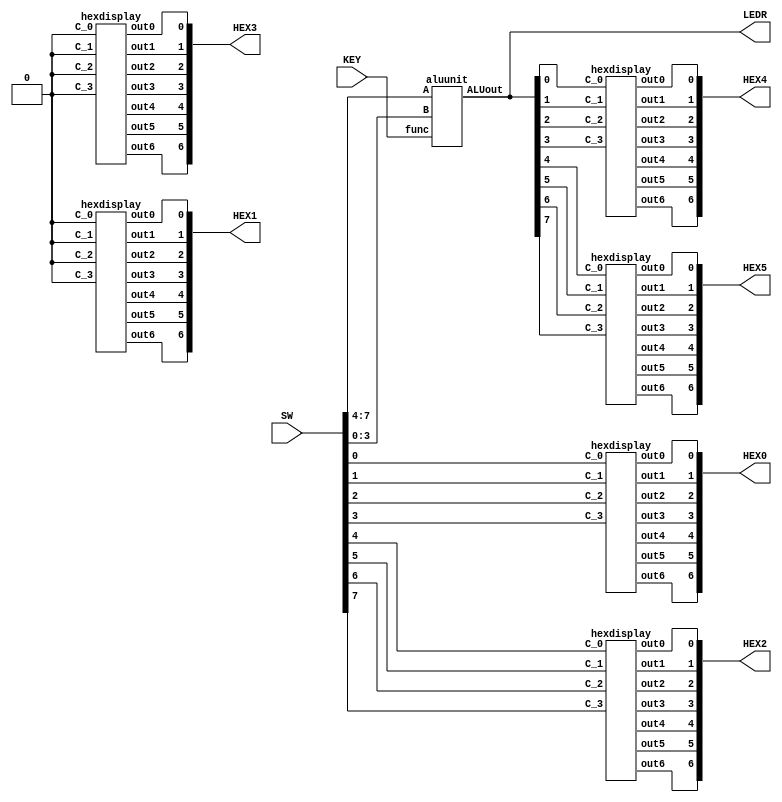
`timescale 1ns / 1ns

module mainalu(SW, KEY, LEDR, HEX0, HEX1, HEX2, HEX3, HEX4, HEX5);
	input [7:0] SW;
	input [2:0] KEY;
	output [7:0] LEDR;
	output [6:0] HEX0, HEX1, HEX2, HEX3, HEX4, HEX5;
	
	aluunit alu0 (
		.A(SW[7:4]),
		.B(SW[3:0]),
		.func(KEY[2:0]),
		.ALUout(LEDR[7:0])
	);
	
	hexdisplay hx0 (
		.C_0(SW[0]),
		.C_1(SW[1]),
		.C_2(SW[2]),
		.C_3(SW[3]),
		.out0(HEX0[0]),
		.out1(HEX0[1]),
		.out2(HEX0[2]),
		.out3(HEX0[3]),
		.out4(HEX0[4]),
		.out5(HEX0[5]),
		.out6(HEX0[6])
	);
	
	hexdisplay hx1 (
		.C_0(1'b0),
		.C_1(1'b0),
		.C_2(1'b0),
		.C_3(1'b0),
		.out0(HEX1[0]),
		.out1(HEX1[1]),
		.out2(HEX1[2]),
		.out3(HEX1[3]),
		.out4(HEX1[4]),
		.out5(HEX1[5]),
		.out6(HEX1[6])
	);
	
	hexdisplay hx2 (
		.C_0(SW[4]),
		.C_1(SW[5]),
		.C_2(SW[6]),
		.C_3(SW[7]),
		.out0(HEX2[0]),
		.out1(HEX2[1]),
		.out2(HEX2[2]),
		.out3(HEX2[3]),
		.out4(HEX2[4]),
		.out5(HEX2[5]),
		.out6(HEX2[6])
	);
	
	hexdisplay hx3 (
		.C_0(1'b0),
		.C_1(1'b0),
		.C_2(1'b0),
		.C_3(1'b0),
		.out0(HEX3[0]),
		.out1(HEX3[1]),
		.out2(HEX3[2]),
		.out3(HEX3[3]),
		.out4(HEX3[4]),
		.out5(HEX3[5]),
		.out6(HEX3[6])
	);
	
	hexdisplay hx4 (
		.C_0(LEDR[0]),
		.C_1(LEDR[1]),
		.C_2(LEDR[2]),
		.C_3(LEDR[3]),
		.out0(HEX4[0]),
		.out1(HEX4[1]),
		.out2(HEX4[2]),
		.out3(HEX4[3]),
		.out4(HEX4[4]),
		.out5(HEX4[5]),
		.out6(HEX4[6])
	);
	
	hexdisplay hx5 (
		.C_0(LEDR[4]),
		.C_1(LEDR[5]),
		.C_2(LEDR[6]),
		.C_3(LEDR[7]),
		.out0(HEX5[0]),
		.out1(HEX5[1]),
		.out2(HEX5[2]),
		.out3(HEX5[3]),
		.out4(HEX5[4]),
		.out5(HEX5[5]),
		.out6(HEX5[6])
	);
	
endmodule

module aluunit(A, B, func, ALUout);
	input [3:0] A;
	input [3:0] B;
	input [2:0] func;
	output [7:0] ALUout;	
	reg [7:0] ALUout;
	wire [3:0] case_0_out;
	wire carry;
	wire [2:0] f;
	assign f[0] = ~func[0];
	assign f[1] = ~func[1];
	assign f[2] = ~func[2];
	
	fourbtadder fba1 (
		.A(A[3:0]),
		.B(B[3:0]),
		.C_i(1'b0),
		.C_o(carry),
		.S(case_0_out)
	);
	
	always @(*)
	begin
		case(f)
			3'b000: 
				begin
					ALUout[3:0] = case_0_out;
					ALUout[4] = carry;
					ALUout[7:5] = 3'b000;
				end
			3'b001: ALUout = {4'b0000, A + B};
			3'b010: ALUout = {A | B, A ^ B};
			3'b011: ALUout = (A | B != 4'b0000) ? 8'b00000001 : 8'b00000000;
			3'b100: ALUout = & {A,B};//(A & B == 4'b1111) ? 8'b00000001 : 8'b00000000; 
			3'b101: ALUout = {A, B};
			default: ALUout = 8'b00000000;
		endcase
	end
endmodule

module hexdisplay(C_0, C_1, C_2, C_3, out0, out1, out2, out3, out4, out5, out6);
	input C_0;
	input C_1;
	input C_2;
	input C_3;
	output out0, out1, out2, out3, out4, out5, out6;
	
	assign out0 = ~((C_3 | C_2 | C_1 | ~C_0) & (C_3 | ~C_2 | C_1 | C_0) & (~C_3 | C_2 | ~C_1 | ~C_0) & (~C_3 | ~C_2 | C_1 | ~C_0));
	assign out1 = (C_2 & C_1 & ~C_0)  | (C_3 & C_1 & C_0)  | (C_3 & C_2 & ~C_0)  | (~C_3 & C_2 & ~C_1 & C_0);
	assign out2 = (C_3 & C_2 & ~C_0)  | (C_3 & C_2 & C_1)  | (~C_3 & ~C_2 & C_1 & ~C_0);
	assign out3 = ~((~C_2 | ~C_1 | ~C_0) & (C_3 | C_2 | C_1 | ~C_0) & (C_3 | ~C_2 | C_1 | C_0) & (~C_3 | C_2 | ~C_1 | C_0));
	assign out4 = (~C_3 & C_0)  | (~C_2 & ~C_1 & C_0)  | (~C_3 & C_2 & ~C_1);
	assign out5 = (~C_3 & ~C_2 & C_0)  | (~C_3 & ~C_2 & C_1)  | (~C_3 & C_1 & C_0)  | (C_3 & C_2 & ~C_1 & C_0);
	assign out6 = ~((C_3 | C_2 | C_1) & (C_3 | ~C_2 | ~C_1 | ~C_0) & (~C_3 | ~C_2 | C_1 | C_0));
endmodule

module fourbtadder(A, B, C_i, C_o, S);
	input [3:0] A, B;
	input C_i;
	output C_o;
	output [3:0] S;
	wire c_1;
	wire c_2;
	wire c_3;
	
	fadder FA0 (
		.a(A[0]),
		.b(B[0]),
		.c_i(C_i),
		.s(S[0]),
		.c_o(c_1)
	);
	
	fadder FA1 (
		.a(A[1]),
		.b(B[1]),
		.c_i(c_1),
		.s(S[1]),
		.c_o(c_2)
	);
	
	fadder FA2 (
		.a(A[2]),
		.b(B[2]),
		.c_i(c_2),
		.s(S[2]),
		.c_o(c_3)
	);
	
	fadder FA3 (
		.a(A[3]),
		.b(B[3]),
		.c_i(c_3),
		.s(S[3]),
		.c_o(C_o)
	);
endmodule

module fadder(a, b, c_i, s, c_o);
	input a, b, c_i;
	output s, c_o;
	
	assign s = (a ^ b) ^ c_i;
	assign c_o = b & ~(a ^ b) | c_i & (a ^ b);
endmodule